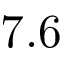
7 . 6